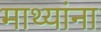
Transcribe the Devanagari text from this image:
माथ्यांना